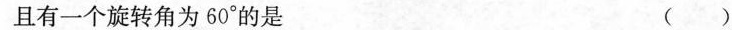
且有一个旋转角为60°的是 ( )